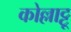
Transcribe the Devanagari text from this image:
कोल्लाट्टू